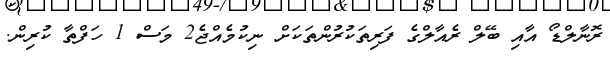
ރޮނާލްޑޯ އާއި ބޭލް ރެއާލްގެ ފަރިތަކުރުންތަކަށް ނިކުމެއްޖެ2 މަސް 1 ހަފްތާ ކުރިން.